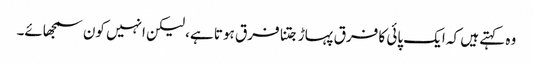
وہ کہتے ہیں کہ ایک پائی کا فرق پہاڑ جتنا فرق ہوتا ہے، لیکن انہیں کون سمجھائے۔